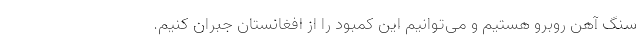
سنگ‌ آهن روبرو هستیم و می‌توانیم این کمبود را از افغانستان جبران کنیم.